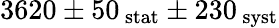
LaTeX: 3620\pm 50\mathrm{_{\, stat}}\pm 230\mathrm{_{\, syst}}